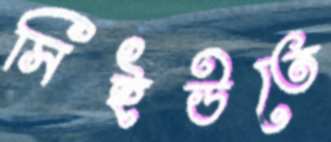
সিইউতে